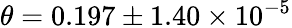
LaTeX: \theta=0.197\pm 1.40\times 10^{-5}